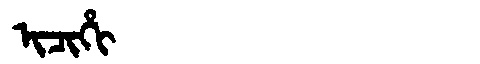
Manchu: ᡳᠴᡳᡥᡳ
Romanization: ICIHI